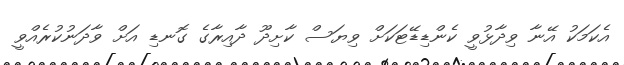
އެކަމަކު އޭނާ ވިދާޅުވީ ކެންޑިޑޭޓަކަށް ވިޔަސް ކާށިދޫ ދާއިރާގެ ގޮނޑި އަށް ވާދަނުކުރެއްވީ